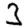
Digit: 3